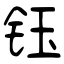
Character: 钰